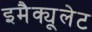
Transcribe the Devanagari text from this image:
इमैक्यूलेट